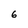
Character: 6